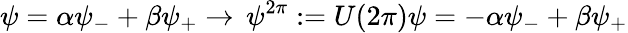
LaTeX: \psi=\alpha\psi_{-}+\beta\psi_{+}\rightarrow\, \psi^{2\pi}:=U(2\pi)\psi=-\alpha\psi_{-}+\beta\psi_{+}